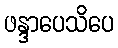
ဖန္ဒာပေသိပေ